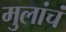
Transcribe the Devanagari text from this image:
मुलांचं